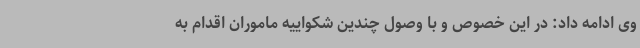
وی ادامه داد: در این خصوص و با وصول چندین شکواییه ماموران اقدام به